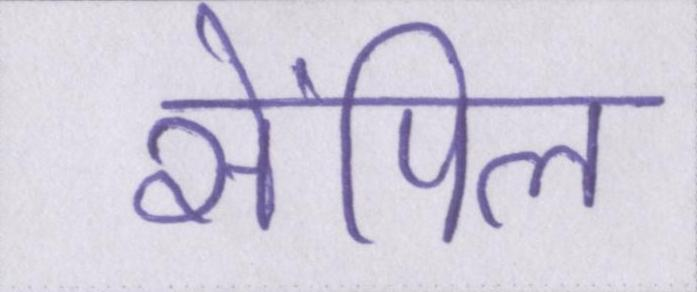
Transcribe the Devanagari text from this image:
सेंपिल